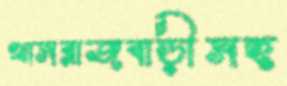
খাসরাজবাড়ীসহ